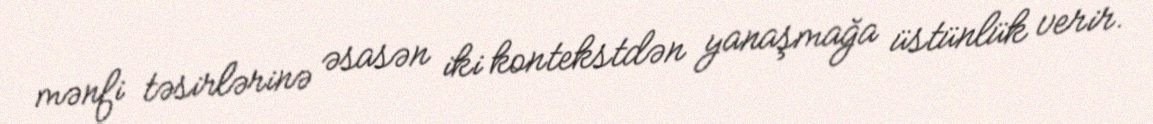
mənfi təsirlərinə əsasən iki kontekstdən yanaşmağa üstünlük verir.